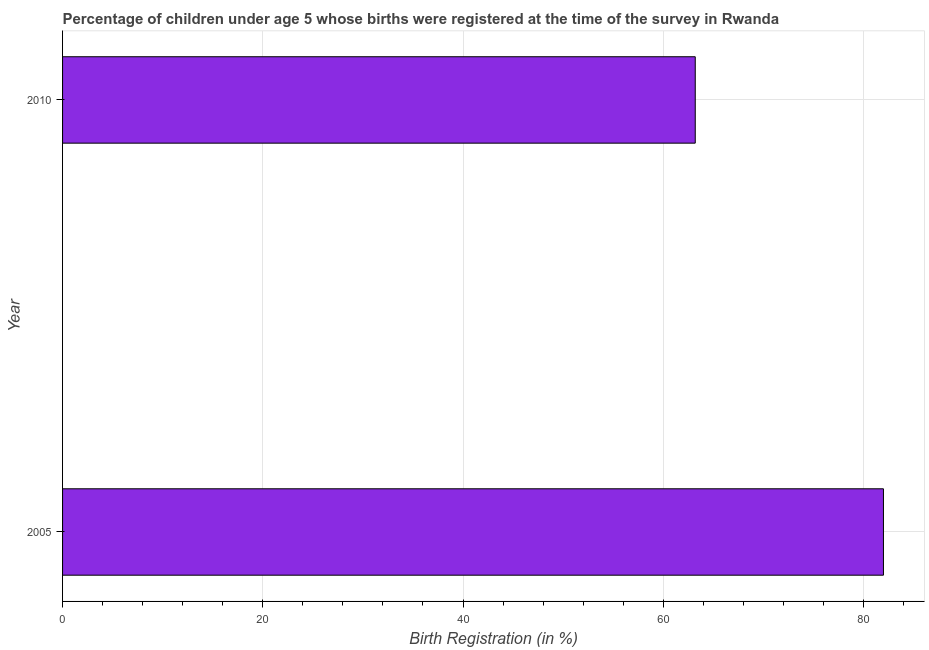
| Year | Birth registration |
 | --- | --- |
 | 2005 | 82 |
 | 2010 | 63.2 |